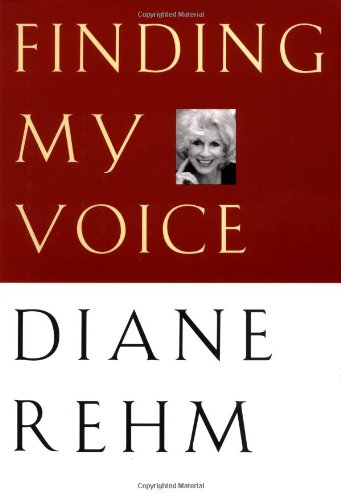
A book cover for Finding My Voice; Diane Rehm; Humor & Entertainment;